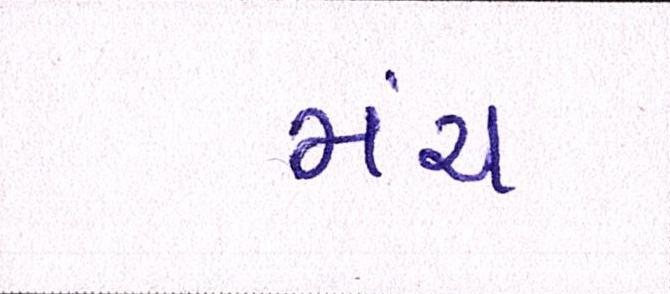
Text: મંચ